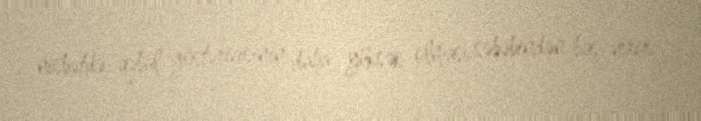
nisbətdə qəbul göstəricisinin daha yüksək olması səbəbindən baş verir.